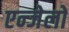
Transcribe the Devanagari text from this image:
एन्जेलो